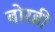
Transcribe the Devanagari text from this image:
बोरही